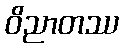
ဝိညာတဿ